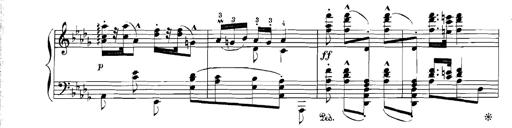
Title: Rhapsodies hongroises
Composer: Franz Liszt